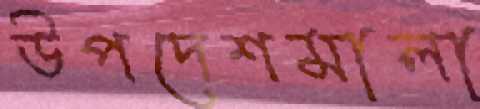
উপদেশমালা